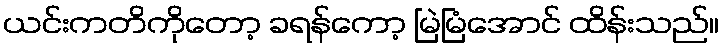
ယင်းကတိကိုတော့ ခရန်ကော့ မြဲမြံအောင် ထိန်းသည်။